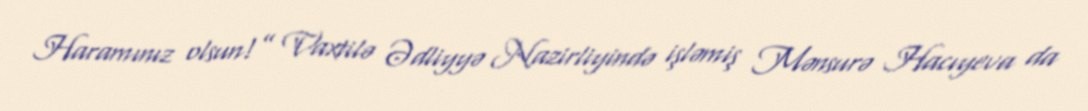
Haramınız olsun!” Vaxtilə Ədliyyə Nazirliyində işləmiş Mənsurə Hacıyeva da